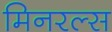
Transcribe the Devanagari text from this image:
मिनरल्‍स